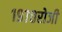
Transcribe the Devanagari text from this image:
१९७०रोजी